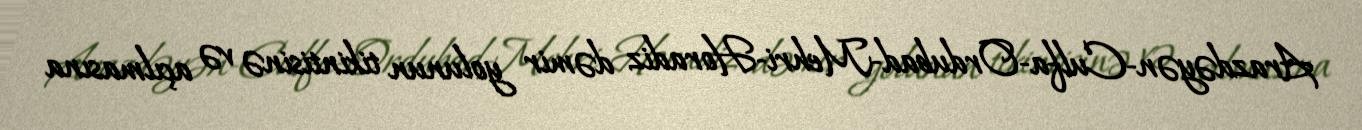
Arazdəyən-Culfa-Ordubad-Mehri-Horadiz dəmir yolunun tikintisinə və açılmasına